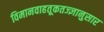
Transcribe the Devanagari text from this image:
विमानवाहतूकतज्ज्ञानुसार